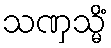
သဏှသ္မိံ